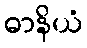
ဓာနိယံ